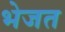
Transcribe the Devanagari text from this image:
भेजत